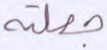
جعلته